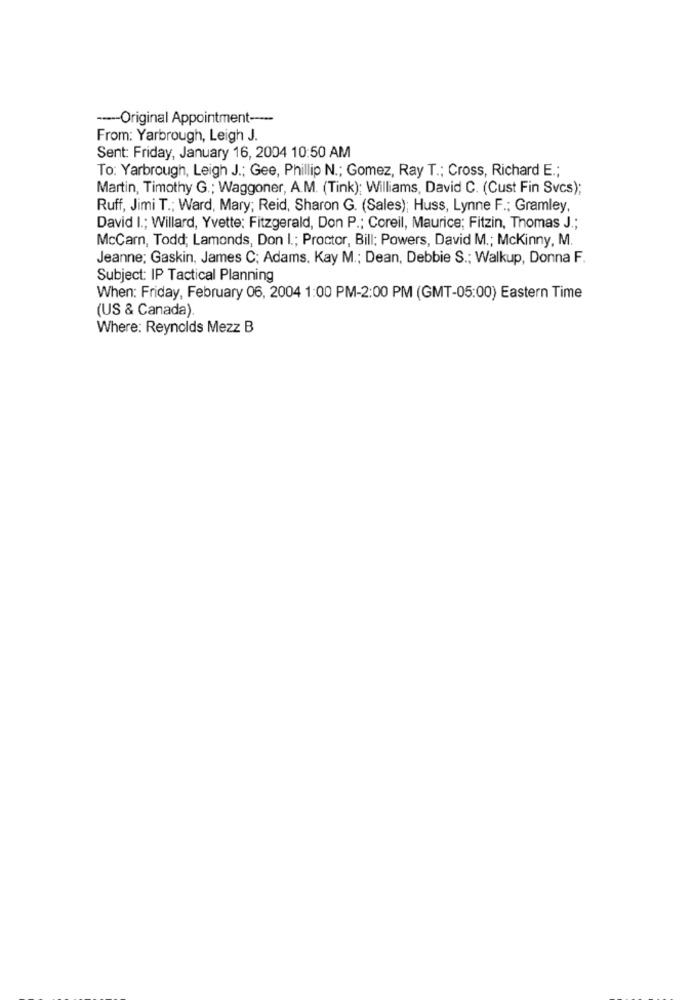
----- Original Appointment -----
From: Yarbrough, Leigh J.
Sent: Friday, January 16, 2004 10:50 AM
To: Yarbrough, Leigh J .; Gee, Phillip N .; Gomez, Ray T .; Cross, Richard E .;
Martin, Timothy G .; Waggoner, A.M. (Tink); Williams, David C. (Cust Fin Svcs);
Ruff, Jimi T .; Ward, Mary; Reid, Sharon G. (Sales); Huss, Lynne F .; Gramley,
David I .; Willard, Yvette: Fitzgerald, Don P .; Coreil, Maurice; Fitzin, Thomas J .;
McCarn, Todd; Lamonds, Don I .; Proctor, Bill; Powers, David M .; McKinny, M.
Jeanne; Gaskin, James C; Adams. Kay M .; Dean, Debbie S .; Walkup, Donna F.
Subject: IP Tactical Planning
When: Friday, February 06, 2004 1:00 PM-2:00 PM (GMT-05:00) Eastern Time
(US & Canada).
Where: Reynolds Mezz B